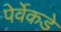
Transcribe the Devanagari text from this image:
पेर्वेकडे